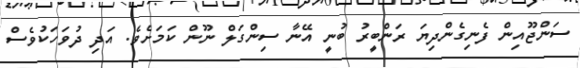
ސަންޖޫއިން ފެނިގެންދިޔަ ރަންބީރު ބުނީ އޭނާ ސިންގަލް ނޫން ކަމަށެވެ. އަދި ދުވަހަކުވެސް